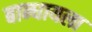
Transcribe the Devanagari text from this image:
बान्धायला